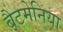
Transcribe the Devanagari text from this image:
बैटमेनिया